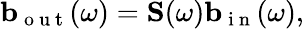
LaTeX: \mathbf b_{\mathrm{~o~u~t~}}(\omega)=\mathbf S(\omega)\mathbf b_{\mathrm{~i~n~}}(\omega),